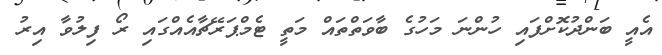
އެއީ ބަންދުކޮށްފައި ހުންނަ މަހުގެ ބާވަތްތައް މަތީ ޓެމްޕަރޭޗާއެއްގައި ރޯ ފިލުވާ އިރު